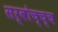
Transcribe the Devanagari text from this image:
सर्वोच्च्च